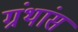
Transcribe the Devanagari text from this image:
ग्रंथांस